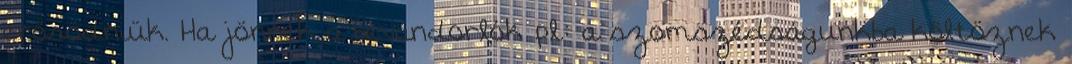
erősödniük. Ha jönnek a bevándorlók pl.: a szomszédságunkba költöznek